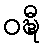
ဝဍ္ဎီ